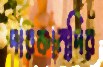
দারকান্দির